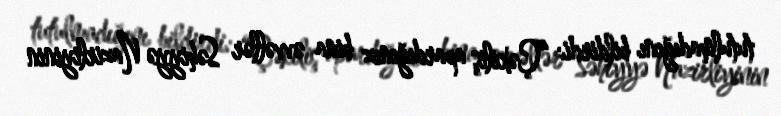
tutulmadığını bildirdi: “Çəkiliş apardığınız bina əvvəllər Səhiyyə Nazirliyinin